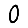
Digit: 0